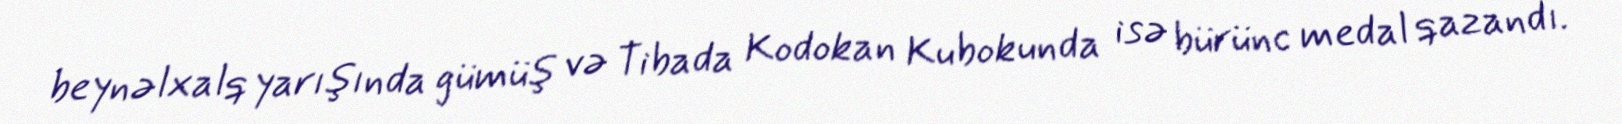
beynəlxalq yarışında gümüş və Tibada Kodokan Kubokunda isə bürünc medal qazandı.